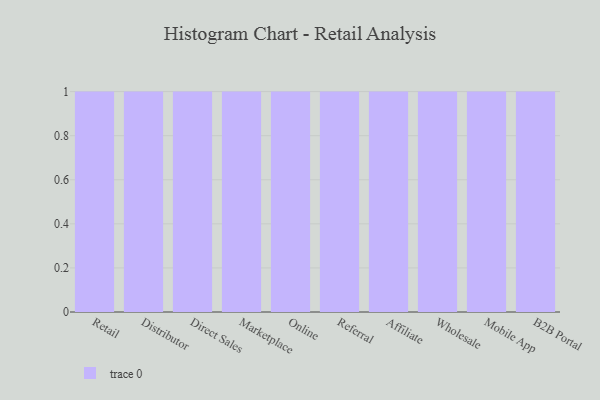
{"axis": {"x": "Channel", "y": "Population (Million)"}, "legend": [""], "data": [{"x": "Retail", "y": 70, "type": ""}, {"x": "Distributor", "y": 28, "type": ""}, {"x": "Direct Sales", "y": 87, "type": ""}, {"x": "Marketplace", "y": 48, "type": ""}, {"x": "Online", "y": 94, "type": ""}, {"x": "Referral", "y": 11, "type": ""}, {"x": "Affiliate", "y": 76, "type": ""}, {"x": "Wholesale", "y": 56, "type": ""}, {"x": "Mobile App", "y": 33, "type": ""}, {"x": "B2B Portal", "y": 95, "type": ""}]}